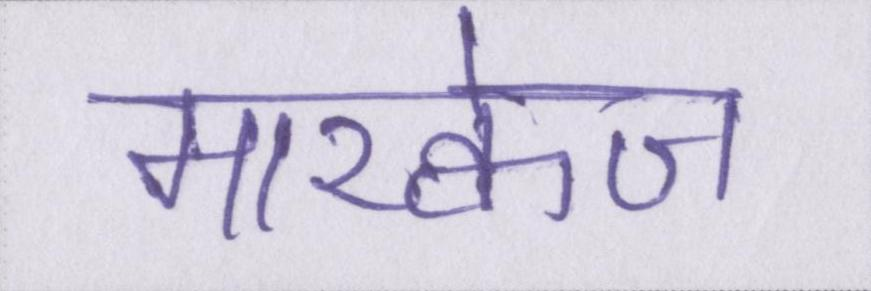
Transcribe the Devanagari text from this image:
मारक्वेज